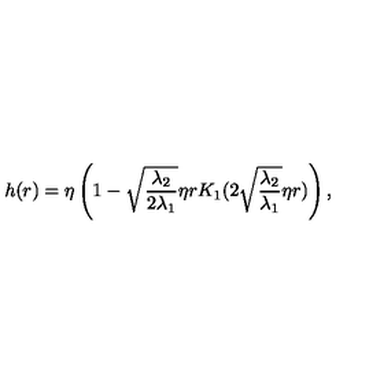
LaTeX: h ( r ) = \eta \left( 1 - \sqrt { \frac { \lambda _ { 2 } } { 2 \lambda _ { 1 } } } \eta r K _ { 1 } ( 2 \sqrt { \frac { \lambda _ { 2 } } { \lambda _ { 1 } } } \eta r ) \right) ,